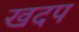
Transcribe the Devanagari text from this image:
खदप